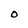
Character: 0